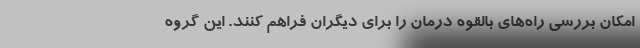
امکان بررسی راه‌های بالقوه درمان را برای دیگران فراهم کنند. این گروه